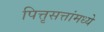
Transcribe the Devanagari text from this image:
पित्तृसत्तांमध्ये